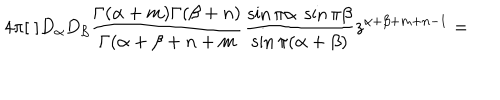
4 \pi [ \; ] D _ { \alpha } D _ { \beta } \frac { \Gamma ( \alpha + m ) \Gamma ( \beta + n ) } { \Gamma ( \alpha + \beta + n + m } \frac { \sin \pi \alpha \; \sin \pi \beta } { \sin \pi ( \alpha + \beta ) } z ^ { \alpha + \beta + m + n - 1 } =